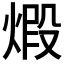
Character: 𤊳